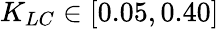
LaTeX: K_{LC}\in[0.05,0.40]